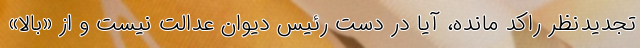
تجدیدنظر راکد مانده، آیا در دست رئیس دیوان عدالت نیست و از «بالا»